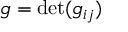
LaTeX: g = \operatorname* { d e t } ( g _ { i j } )